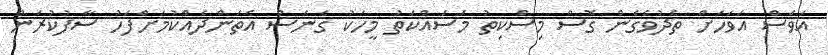
އަވަސް އަވަހަށް ތެދުވެގެންް ގޮސް މިސްކިތު މަސައްކަތު މީހަކު ގެނެސް އެތަންދެއްކުމަށްފަހު ސާފުކުރަން